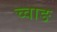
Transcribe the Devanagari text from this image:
च्वाङ